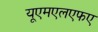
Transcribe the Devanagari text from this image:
यूएमएलएफए